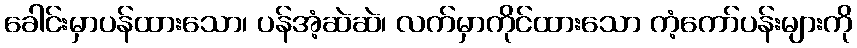
ခေါင်းမှာပန်ထားသော၊ ပန်အံ့ဆဲဆဲ၊ လက်မှာကိုင်ထားသော ကံ့ကော်ပန်းများကို